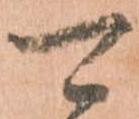
可